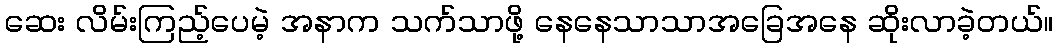
ဆေး လိမ်းကြည့်ပေမဲ့ အနာက သက်သာဖို့ နေနေသာသာအခြေအနေ ဆိုးလာခဲ့တယ်။